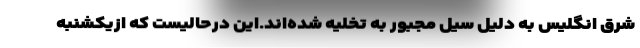
شرق انگلیس به دلیل سیل مجبور به تخلیه شده‌اند.این درحالیست که ازیکشنبه